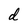
Character: d